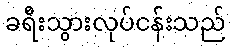
ခရီးသွားလုပ်ငန်းသည်